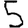
Digit: 5